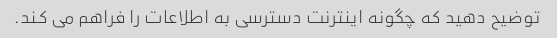
توضیح دهید که چگونه اینترنت دسترسی به اطلاعات را فراهم می کند.